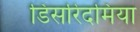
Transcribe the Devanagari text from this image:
डिसरिदमिया